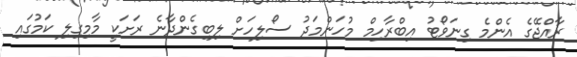
ރާއްޖޭގެ އެންމެ ގިނަވޯޓު އިބްރާހިމް މުހަންމަދު ސޯލިހަށް ލިބިގެންދާނެ ރަށަކީ މާމިގިލި ކަމުގައި